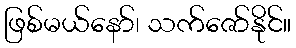
ဖြစ်မယ်နော်၊ သက်ဇော်နိုင်။